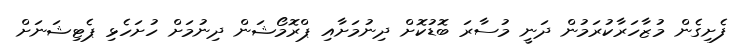
ފެށިގެން މުޒާހަރާކުރަމުން ދަނީ މުސާރަ ބޮޑުކޮށް ދިނުމަށާއި ޕްރޮމޯޝަން ދިނުމަށް ހުށަހެޅި ޕެޓިޝަނަށް